Annual report of the Bengal Veterinary College and of the Civil Veterinary Department, Bengal, for the year 1899-1900 - 1899-1900
Year: 1899
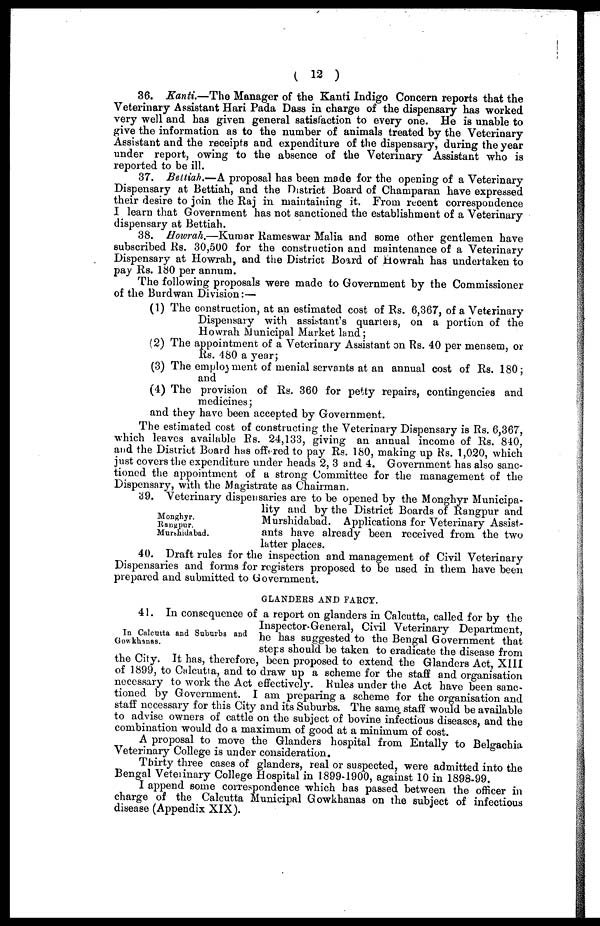
( 12 )
36. Kanti.—The Manager of the Kanti Indigo Concern reports that the
Veterinary Assistant Hari Pada Dass in charge of the dispensary has worked
very well and has given general satisfaction to every one. He is unable to
give the information as to the number of animals treated by the Veterinary
Assistant and the receipts and expenditure of the dispensary, during the year
under report, owing to the absence of the Veterinary Assistant who is
reported to be ill.
37. Bettiah.—A proposal has been made for the opening of a Veterinary
Dispensary at Bettiah, and the District Board of Champaran have expressed
their desire to join the Raj in maintaining it. From recent correspondence
I learn that Government has not sanctioned the establishment of a Veterinary
dispensary at Bettiah.
38. Howrah.—Kumar Rameswar Malia and some other gentlemen have
subscribed Rs. 30,500 for the construction and maintenance of a Veterinary
Dispensary at Howrah, and the District Board of Howrah has undertaken to
pay Rs. 180 per annum.
The following proposals were made to Government by the Commissioner
of the Burdwan Division:—
(1) The construction, at an estimated cost of Rs. 6,367, of a Veterinary
Dispensary with assistant's quarters, on a portion of the
Howrah Municipal Market land;
(2) The appointment of a Veterinary Assistant on Rs. 40 per mensem, or
Rs. 480 a year;
(3) The employment of menial servants at an annual cost of Rs. 180;
and
(4) The provision of Rs. 360 for petty repairs, contingencies and
medicines;
and they have been accepted by Government.
The estimated cost of constructing the Veterinary Dispensary is Rs. 6,367,
which leaves available Rs. 24,133, giving an annual income of Rs. 840,
and the District Board has offered to pay Rs. 180, making up Rs. 1,020, which
just covers the expenditure under heads 2, 3 and 4. Government has also sanc-
tioned the appointment of a strong Committee for the management of the
Dispensary, with the Magistrate as Chairman.
Monghyr.
Rangpur.
Murshidabad.
39. Veterinary dispensaries are to be opened by the Monghyr Municipa-
lity and by the District Boards of Rangpur and
Murshidabad. Applications for Veterinary Assist-
ants have already been received from the two
latter places.
40. Draft rules for the inspection and management of Civil Veterinary
Dispensaries and forms for registers proposed to be used in them have been
prepared and submitted to Government.
GLANDERS AND FARCY.
In Calcutta and Suburbs and
Gowkhanas.
41. In consequence of a report on glanders in Calcutta, called for by the
Inspector-General, Civil Veterinary Department,
he has suggested to the Bengal Government that
steps should be taken to eradicate the disease from
the City. It has, therefore, been proposed to extend the Glanders Act, XIII
of 1899, to Calcutta, and to draw up a scheme for the staff and organisation
necessary to work the Act effectively. Rules under the Act have been sanc-
tioned by Government. I am preparing a scheme for the organisation and
staff necessary for this City and its Suburbs. The same staff would be available
to advise owners of cattle on the subject of bovine infectious diseases, and the
combination would do a maximum of good at a minimum of cost.
A proposal to move the Glanders hospital from Entally to Belgachia
Veterinary College is under consideration.
Thirty three cases of glanders, real or suspected, were admitted into the
Bengal Veterinary College Hospital in 1899-1900, against 10 in 1898-99.
I append some correspondence which has passed between the officer in
charge of the Calcutta Municipal Gowkhanas on the subject of infectious
disease (Appendix XIX).